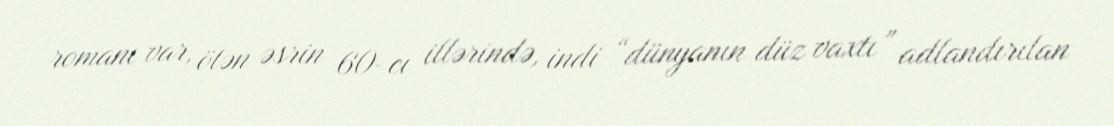
romanı var, ötən əsrin 60-cı illərində, indi “dünyanın düz vaxtı” adlandırılan